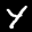
Label: 4